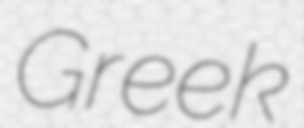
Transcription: Greek